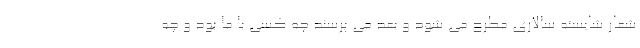
شعار شایسته سالاری مطرح می شود و بعد می پرسند چه کسی با ما بود و چه